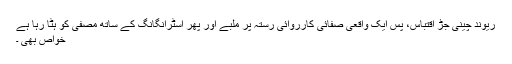
ریوند چینی جڑ اقتباس، پس ایک واقعی صفائی کارروائی رستہ پر ملبے اور پھر اسٹرانگانگ کے ساتھ مصفی کو ہٹا رہا ہے
خواص بھی ۔